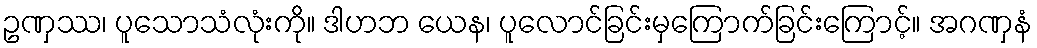
ဥဏှဿ၊ ပူသောသံလုံးကို။ ဒါဟဘ ယေန၊ ပူလောင်ခြင်းမှကြောက်ခြင်းကြောင့်။ အဂဏှနံ